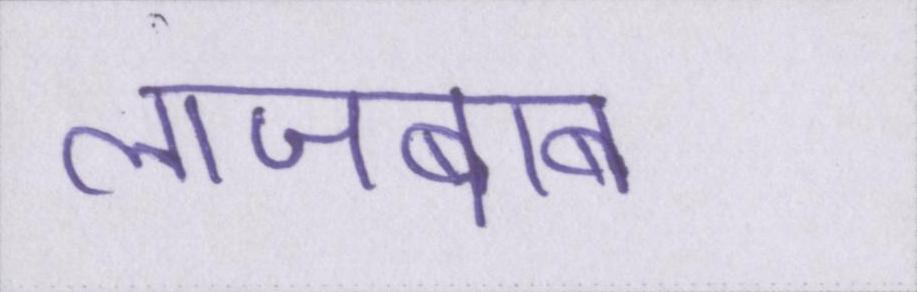
लाजबाब